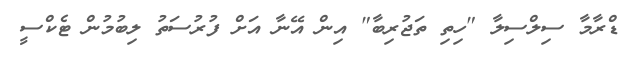
ޑްރާމާ ސިލްސިލާ "ހިތި ތަޖުރިބާ" އިން އޭނާ އަށް ފުރުސަތު ލިބުމުން ޓެކްސީ